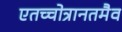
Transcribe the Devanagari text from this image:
एतच्चोत्रानतमैव